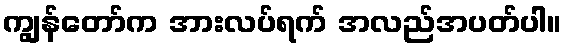
ကျွန်တော်က အားလပ်ရက် အလည်အပတ်ပါ။